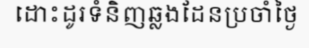
ដោះដូរទំនិញឆ្លងដែនប្រចាំថ្ងៃ